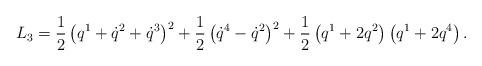
LaTeX: \begin{align*}L_{3}=\frac{1}{2}\left(q^{1}+\dot{q}^{2}+\dot{q}^{3}\right)^{2}+\frac{1}{2}\left(\dot{q}^{4}-\dot{q}^{2}\right)^{2}+\frac{1}{2}\left(q^{1}+2q^{2}\right)\left(q^{1}+2q^{4}\right).\end{align*}